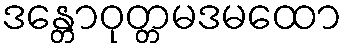
ဒန္တောဝုတ္တမဒမထော